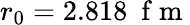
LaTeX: r_{0}=2.818~\mathrm{~f~m~}